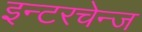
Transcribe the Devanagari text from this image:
इन्टरचेन्ज